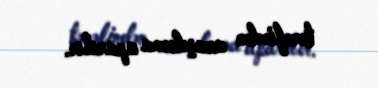
tərəfindən araşdırma aparılır.